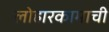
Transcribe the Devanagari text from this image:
लोहारकामाची